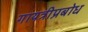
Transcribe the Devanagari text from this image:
गायत्रीप्रबोध